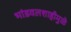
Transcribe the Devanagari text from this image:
भांडवलशाहीमुळे